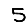
Digit: 5